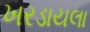
ખરડાયલા